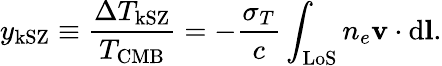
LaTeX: y_{\mathrm{kSZ}}\equiv\frac{\Delta T_{\mathrm{kSZ}}}{T_{\mathrm{CMB}}}=-\frac{\sigma_{T}}{c}\int_{\mathrm{LoS}}n_{e}\mathbf{v}\cdot\mathrm{d}\mathbf{l}.